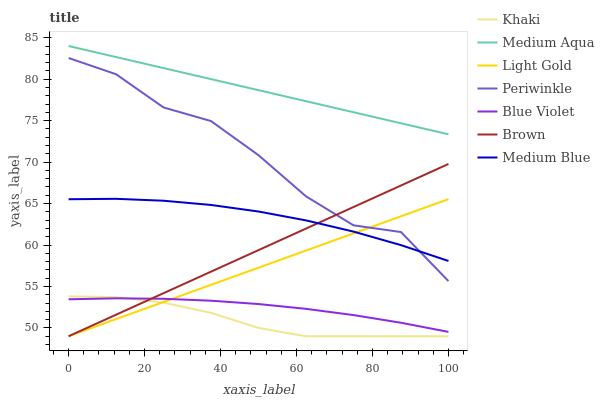
| xaxis_label | Khaki | Medium Aqua | Light Gold | Periwinkle | Blue Violet | Brown | Medium Blue |
 | --- | --- | --- | --- | --- | --- | --- | --- |
 | 0 | 53.8 | 84 | 49 | 82.6 | 53.5 | 49 | 65.5 |
 | 12.5 | 53.7 | 82.7 | 51.1 | 80.6 | 53.6 | 51.6 | 65.6 |
 | 25 | 53.1 | 81.3 | 53.1 | 76.6 | 53.5 | 54.2 | 65.3 |
 | 37.5 | 51.8 | 80 | 55.2 | 74.9 | 53.3 | 56.8 | 64.8 |
 | 50 | 50 | 78.7 | 57.3 | 70.8 | 52.9 | 59.4 | 64 |
 | 62.5 | 49 | 77.3 | 59.3 | 65.9 | 52.3 | 62 | 63 |
 | 75 | 49 | 76 | 61.4 | 62.4 | 51.6 | 64.6 | 61.6 |
 | 87.5 | 49 | 74.7 | 63.5 | 61.6 | 50.6 | 67.2 | 60 |
 | 100 | 49 | 73.4 | 65.5 | 55.7 | 49.5 | 69.8 | 58.1 |